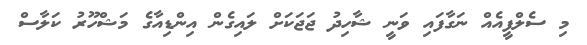
މި ސެލްފީއެއް ނަގާފައި ވަނީ ޝާހިދު ޖަޖަކަށް ލައިގެން އިންޑިއާގެ މަޝްހޫރު ކަލާސް